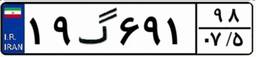
۱۹گ۶۹۱۹۸